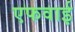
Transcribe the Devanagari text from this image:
एफवाई